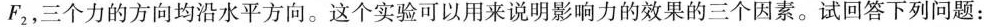
F_{2}，三个力的方向均沿水平方向。这个实验可以用来说明影响力的效果的三个因素。试回答下列问题：